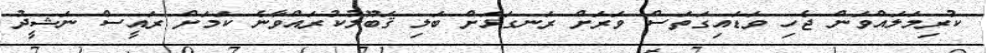
ކުރިމަލައްވަން ޖެހި ވަޑައިގަތަސް ވަރަށް ރަނގަޅަށް ބަލި ޤަބޫލުކުރައްވާނެ ކަމަށް ރައީސް ނަޝީދު